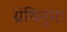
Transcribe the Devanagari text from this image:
ग्रंथिनुमा